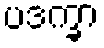
ပဒက္ခာ